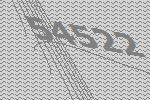
54522